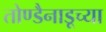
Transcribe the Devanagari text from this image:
तोण्डैनाडूच्या